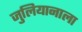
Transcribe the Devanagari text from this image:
जुलियानाला